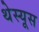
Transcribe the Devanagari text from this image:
थेस्यूस